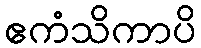
ဧကံသိကာပိ